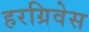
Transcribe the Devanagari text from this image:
हरग्रिवेस